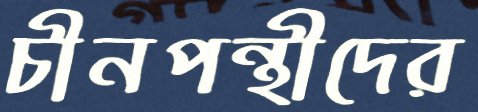
চীনপন্থীদের